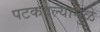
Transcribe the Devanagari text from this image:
पटकवल्यामुळे